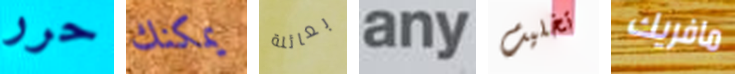
حرر يمكنك بعائلة any تخليت مافريك